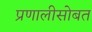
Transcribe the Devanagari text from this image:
प्रणालीसोबत